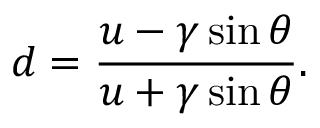
d = \frac { u - \gamma \sin \theta } { u + \gamma \sin \theta } .